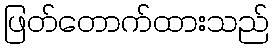
ဖြတ်တောက်ထားသည်